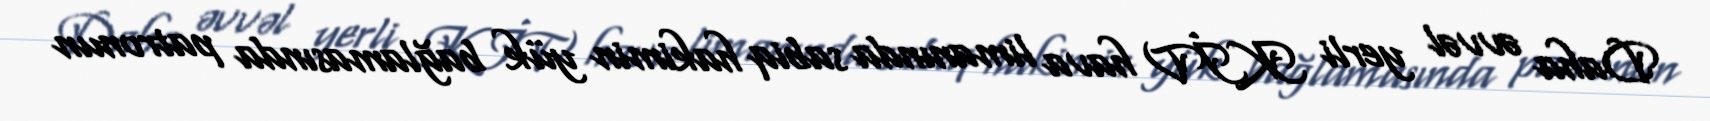
Daha əvvəl yerli KİV hava limanında sabiq hakimin yük bağlamasında patronun